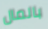
بالمال